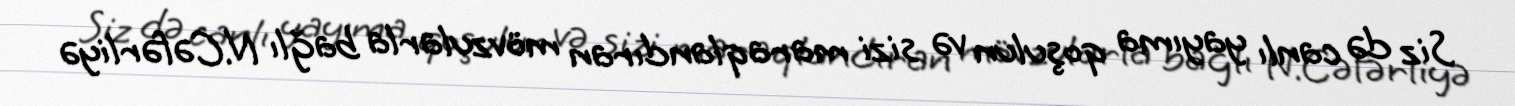
Siz də canlı yayıma qoşulun və sizi maraqlandıran mövzularla bağlı N.Cəfərliyə